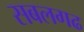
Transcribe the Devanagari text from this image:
सबलगढ